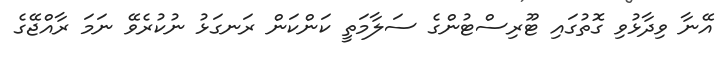
އޭނާ ވިދާޅުވި ގޮތުގައި ޓޫރިސްޓުންގެ ސަލާމަތީ ކަންކަން ރަނގަޅު ނުކުރެވޭ ނަމަ ރާއްޖޭގެ